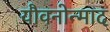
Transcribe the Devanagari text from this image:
यौवनोन्माद